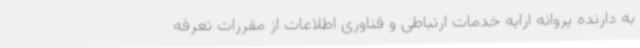
به دارنده پروانه ارایه خدمات ارتباطی و فناوری اطلاعات از مقررات تعرفه